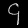
Digit: ၄